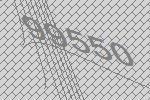
99550